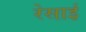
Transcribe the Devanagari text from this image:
रेसाई